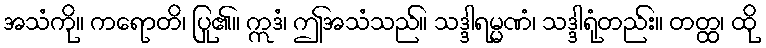
အသံကို။ ကရောတိ၊ ပြု၏။ ဣဒံ၊ ဤအသံသည်။ သဒ္ဒါရမ္မဏံ၊ သဒ္ဒါရုံတည်း။ တတ္ထ၊ ထို